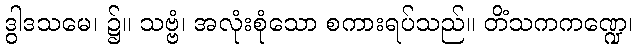
ဒွါဒသမေ၊ ၌။ သဗ္ဗံ၊ အလုံးစုံသော စကားရပ်သည်။ တိံသကကဏ္ဍေ၊